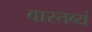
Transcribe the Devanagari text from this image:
वास्तव्यं